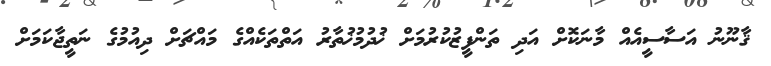
ޤާނޫނު އަސާސީއެއް މާނަކޮށް އަދި ތަންފީޒުކުރުމަށް ޚުދުމުޚުތާރު އަތްތަކެއްގެ މައްޗަށް ދިއުމުގެ ނަތީޖާކަމަށް